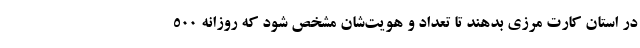
در استان کارت مرزی بدهند تا تعداد و هویت‌شان مشخص شود که روزانه ۵۰۰